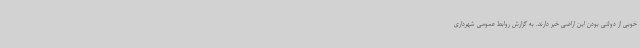
خوبی از دولتی بودن این اراضی خبر دارند. به گزارش روابط عمومی شهرداری